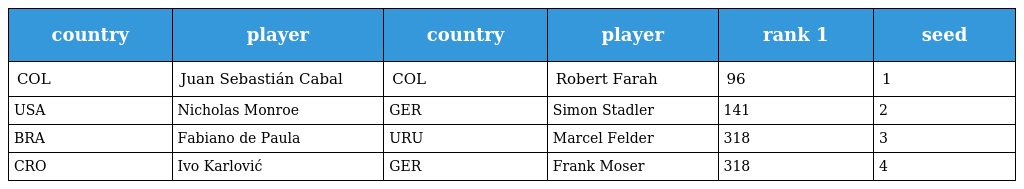
| country | player | country | player | rank 1 | seed |
 | --- | --- | --- | --- | --- | --- |
 | COL | Juan Sebastián Cabal | COL | Robert Farah | 96 | 1 |
 | USA | Nicholas Monroe | GER | Simon Stadler | 141 | 2 |
 | BRA | Fabiano de Paula | URU | Marcel Felder | 318 | 3 |
 | CRO | Ivo Karlović | GER | Frank Moser | 318 | 4 |